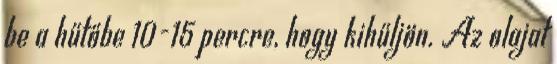
be a hűtőbe 10-15 percre, hogy kihűljön. Az olajat